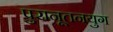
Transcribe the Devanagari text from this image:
पुरानूतनयुग